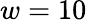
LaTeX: w=10